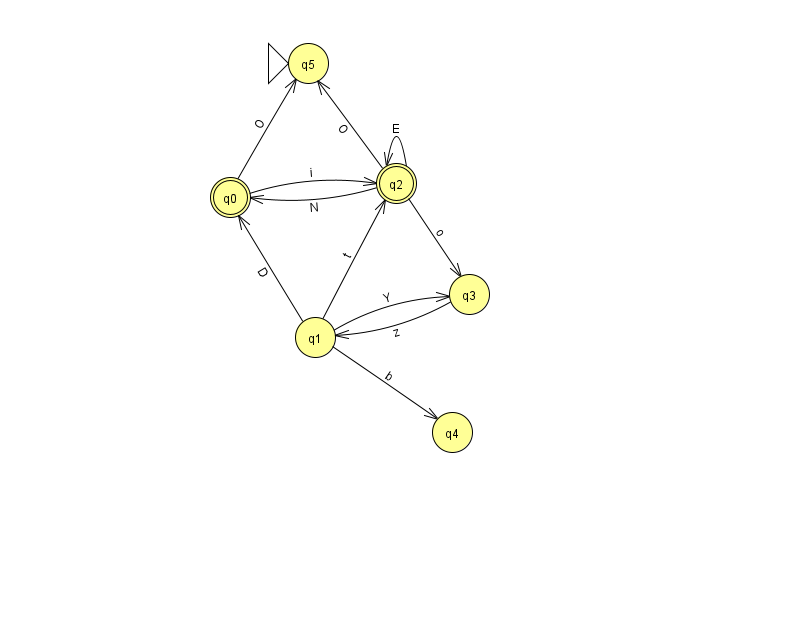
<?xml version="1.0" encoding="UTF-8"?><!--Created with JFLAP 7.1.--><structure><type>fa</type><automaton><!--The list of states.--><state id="0" name="q0"><x>230.0</x><y>184.0</y><final/></state><state id="1" name="q1"><x>315.0</x><y>324.0</y></state><state id="2" name="q2"><x>396.0</x><y>170.0</y><final/></state><state id="3" name="q3"><x>469.0</x><y>281.0</y></state><state id="4" name="q4"><x>452.0</x><y>419.0</y></state><state id="5" name="q5"><x>308.0</x><y>50.0</y><initial/></state><!--The list of transitions.--><transition><from>0</from><to>2</to><read>i</read></transition><transition><from>1</from><to>0</to><read>D</read></transition><transition><from>0</from><to>5</to><read>O</read></transition><transition><from>2</from><to>0</to><read>N</read></transition><transition><from>2</from><to>2</to><read>E</read></transition><transition><from>2</from><to>3</to><read>o</read></transition><transition><from>2</from><to>5</to><read>O</read></transition><transition><from>1</from><to>2</to><read>t</read></transition><transition><from>1</from><to>3</to><read>Y</read></transition><transition><from>1</from><to>4</to><read>b</read></transition><transition><from>3</from><to>1</to><read>z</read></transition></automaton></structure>